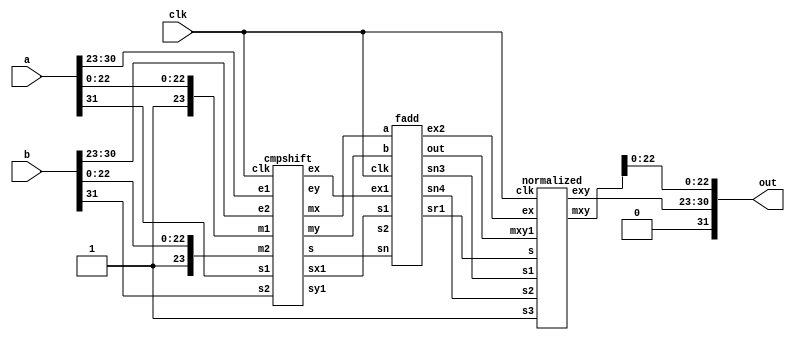
module fpadd(a,b,clk,out);
input[31:0]a,b;
input clk;
output [31:0]out;
wire [7:0]e1,e2,ex,ey,exy,ex1;
wire s1,s2,s,s3,sr,sn,sx1,sx2,sy1,sn3,sn4,sr1;
wire [23:0]m1,m2,mx,my,mxy;
wire [24:0]mxy1;
assign s1=a[31];
assign s2=b[31];
assign e1=a[30:23];
assign e2=b[30:23];
assign m1[23]=1'b1;
assign m2[23]=1'b1;
assign m1[22:0]=a[22:0];
assign m2[22:0]=b[22:0];
//submodule for compare and shfit
cmpshift as(e1[7:0],e2[7:0],s1,s2,m1[23:0],m2[23:0],clk,ex,ey,mx,my,s,sx1,sy1);
//sub module for mantissa addition
fadd as1(mx,my,sx1,sx2,s,ex,clk,mxy1,ex1,sn3,sn4,sr1);
//sub module for normalization
normalized as2(mxy1,sr1,sn3,sn4,s3,clk,ex1,exy,mxy);
assign out={1'b0,exy,mxy[22:0]};
endmodule
module normalized(mxy1,s,s1,s2,s3,clk,ex,exy,mxy);
input[24:0]mxy1;
input s,s1,s2,s3,clk;
input[7:0]ex;
output reg[7:0]exy;
output reg[23:0]mxy;
always@(posedge clk)
begin

mxy=mxy1[24:1];
exy=ex;
repeat(24)
begin
if(mxy[23]==1'b0)
begin
mxy=mxy<<1'b1;
exy=exy-8'b1;
end
end
end
endmodule

module fadd(a,b,s1,s2,sn,ex1,clk,out,ex2,sn3,sn4,sr1); //submodule for addition
input [23:0]a,b;
input[7:0]ex1;
input s1,s2,clk,sn;
output reg [7:0]ex2;
output reg[24:0]out;
output reg sn3,sn4,sr1;
always@(posedge clk)
begin
ex2=ex1;
sr1=sn;
sn3=s1;
sn4=s2;
out=a+b;
end
endmodule
module cmpshift(e1,e2,s1,s2,m1,m2,clk,ex,ey,mx,my,s,sx1,sy1); //module for compare &shift
input [7:0]e1,e2;
input [23:0]m1,m2;
input clk,s1,s2;
output reg[7:0]ex,ey;
output reg[23:0]mx,my;
output reg s,sx1,sy1;
reg [7:0]diff;
always@(posedge clk)
begin
sx1=s1;
sy1=s2;
if(e1==e2)
begin
ex=e1+8'b1;
ey=e2+8'b1;
mx=m1;
my=m2;
s=1'b1;
end
else if(e1>e2)
begin
diff=e1-e2;
ex=e1+8'b1;
ey=e1+8'b1;
mx=m1;
my=m2>>diff;
s=1'b1;
end
else
begin
diff=e2-e1;
ex=e2+8'b1;
ey=e2+8'b1;
mx=m2;
my=m1>>diff;
s=1'b0;
end
end
endmodule